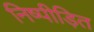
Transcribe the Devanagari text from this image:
निष्पीड़ित